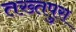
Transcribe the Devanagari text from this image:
तख्तपुरा